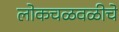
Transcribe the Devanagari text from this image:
लोकचळवळीचे